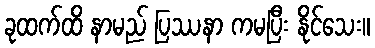
ခုထက်ထိ နာမည် ပြဿနာ ကမပြီး နိုင်သေး။